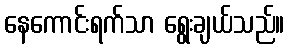
နေကောင်းရက်သာ ရွေးချယ်သည်။